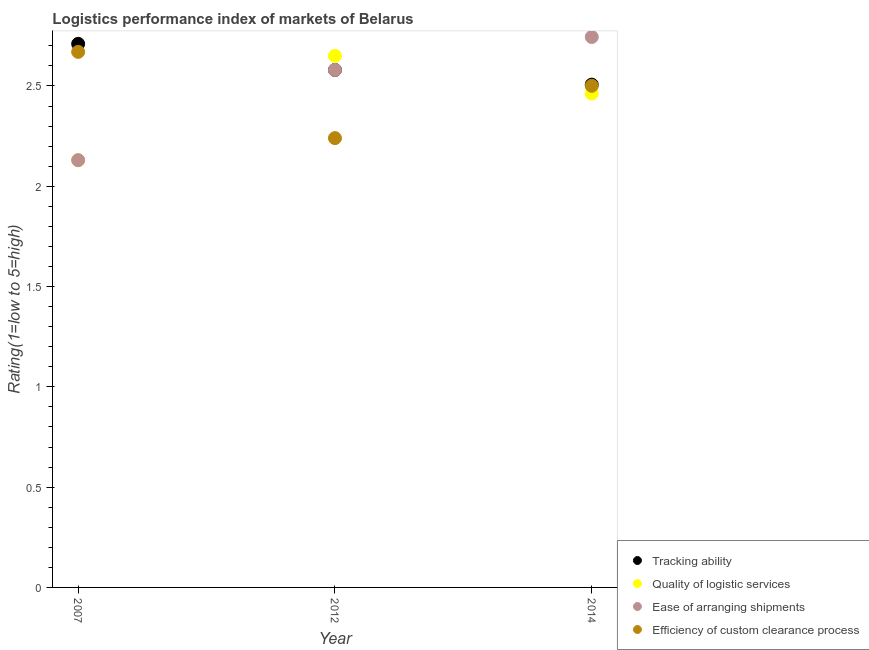
| Year | Tracking ability | Quality of logistic services | Ease of arranging shipments | Efficiency of custom clearance process |
 | --- | --- | --- | --- | --- |
 | 2007 | 2.71 | 2.13 | 2.13 | 2.67 |
 | 2012 | 2.58 | 2.65 | 2.58 | 2.24 |
 | 2014 | 2.51 | 2.46 | 2.74 | 2.5 |